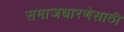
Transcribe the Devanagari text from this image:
समाजधारणेसाठी